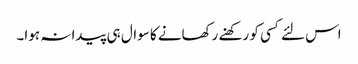
اس لئے کسی کو رکھنے رکھانے کا سوال ہی پیدا نہ ہوا۔